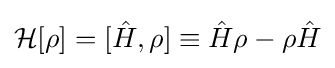
{\mathcal {H}}[\rho ]=[{\hat {H}},\rho ]\equiv {\hat {H}}\rho -\rho {\hat {H}}